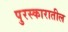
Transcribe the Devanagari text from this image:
पुरस्कारातील